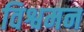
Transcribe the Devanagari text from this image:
विश्वमन